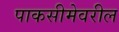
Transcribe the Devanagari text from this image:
पाकसीमेवरील